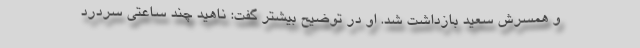
و همسرش سعید بازداشت شد. او در توضیح بیشتر گفت: ناهید چند ساعتی سردرد